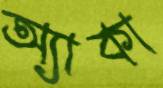
অ্যাকা